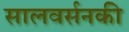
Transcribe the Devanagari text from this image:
सालवर्सनकी